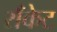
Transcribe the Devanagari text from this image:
राँकेट